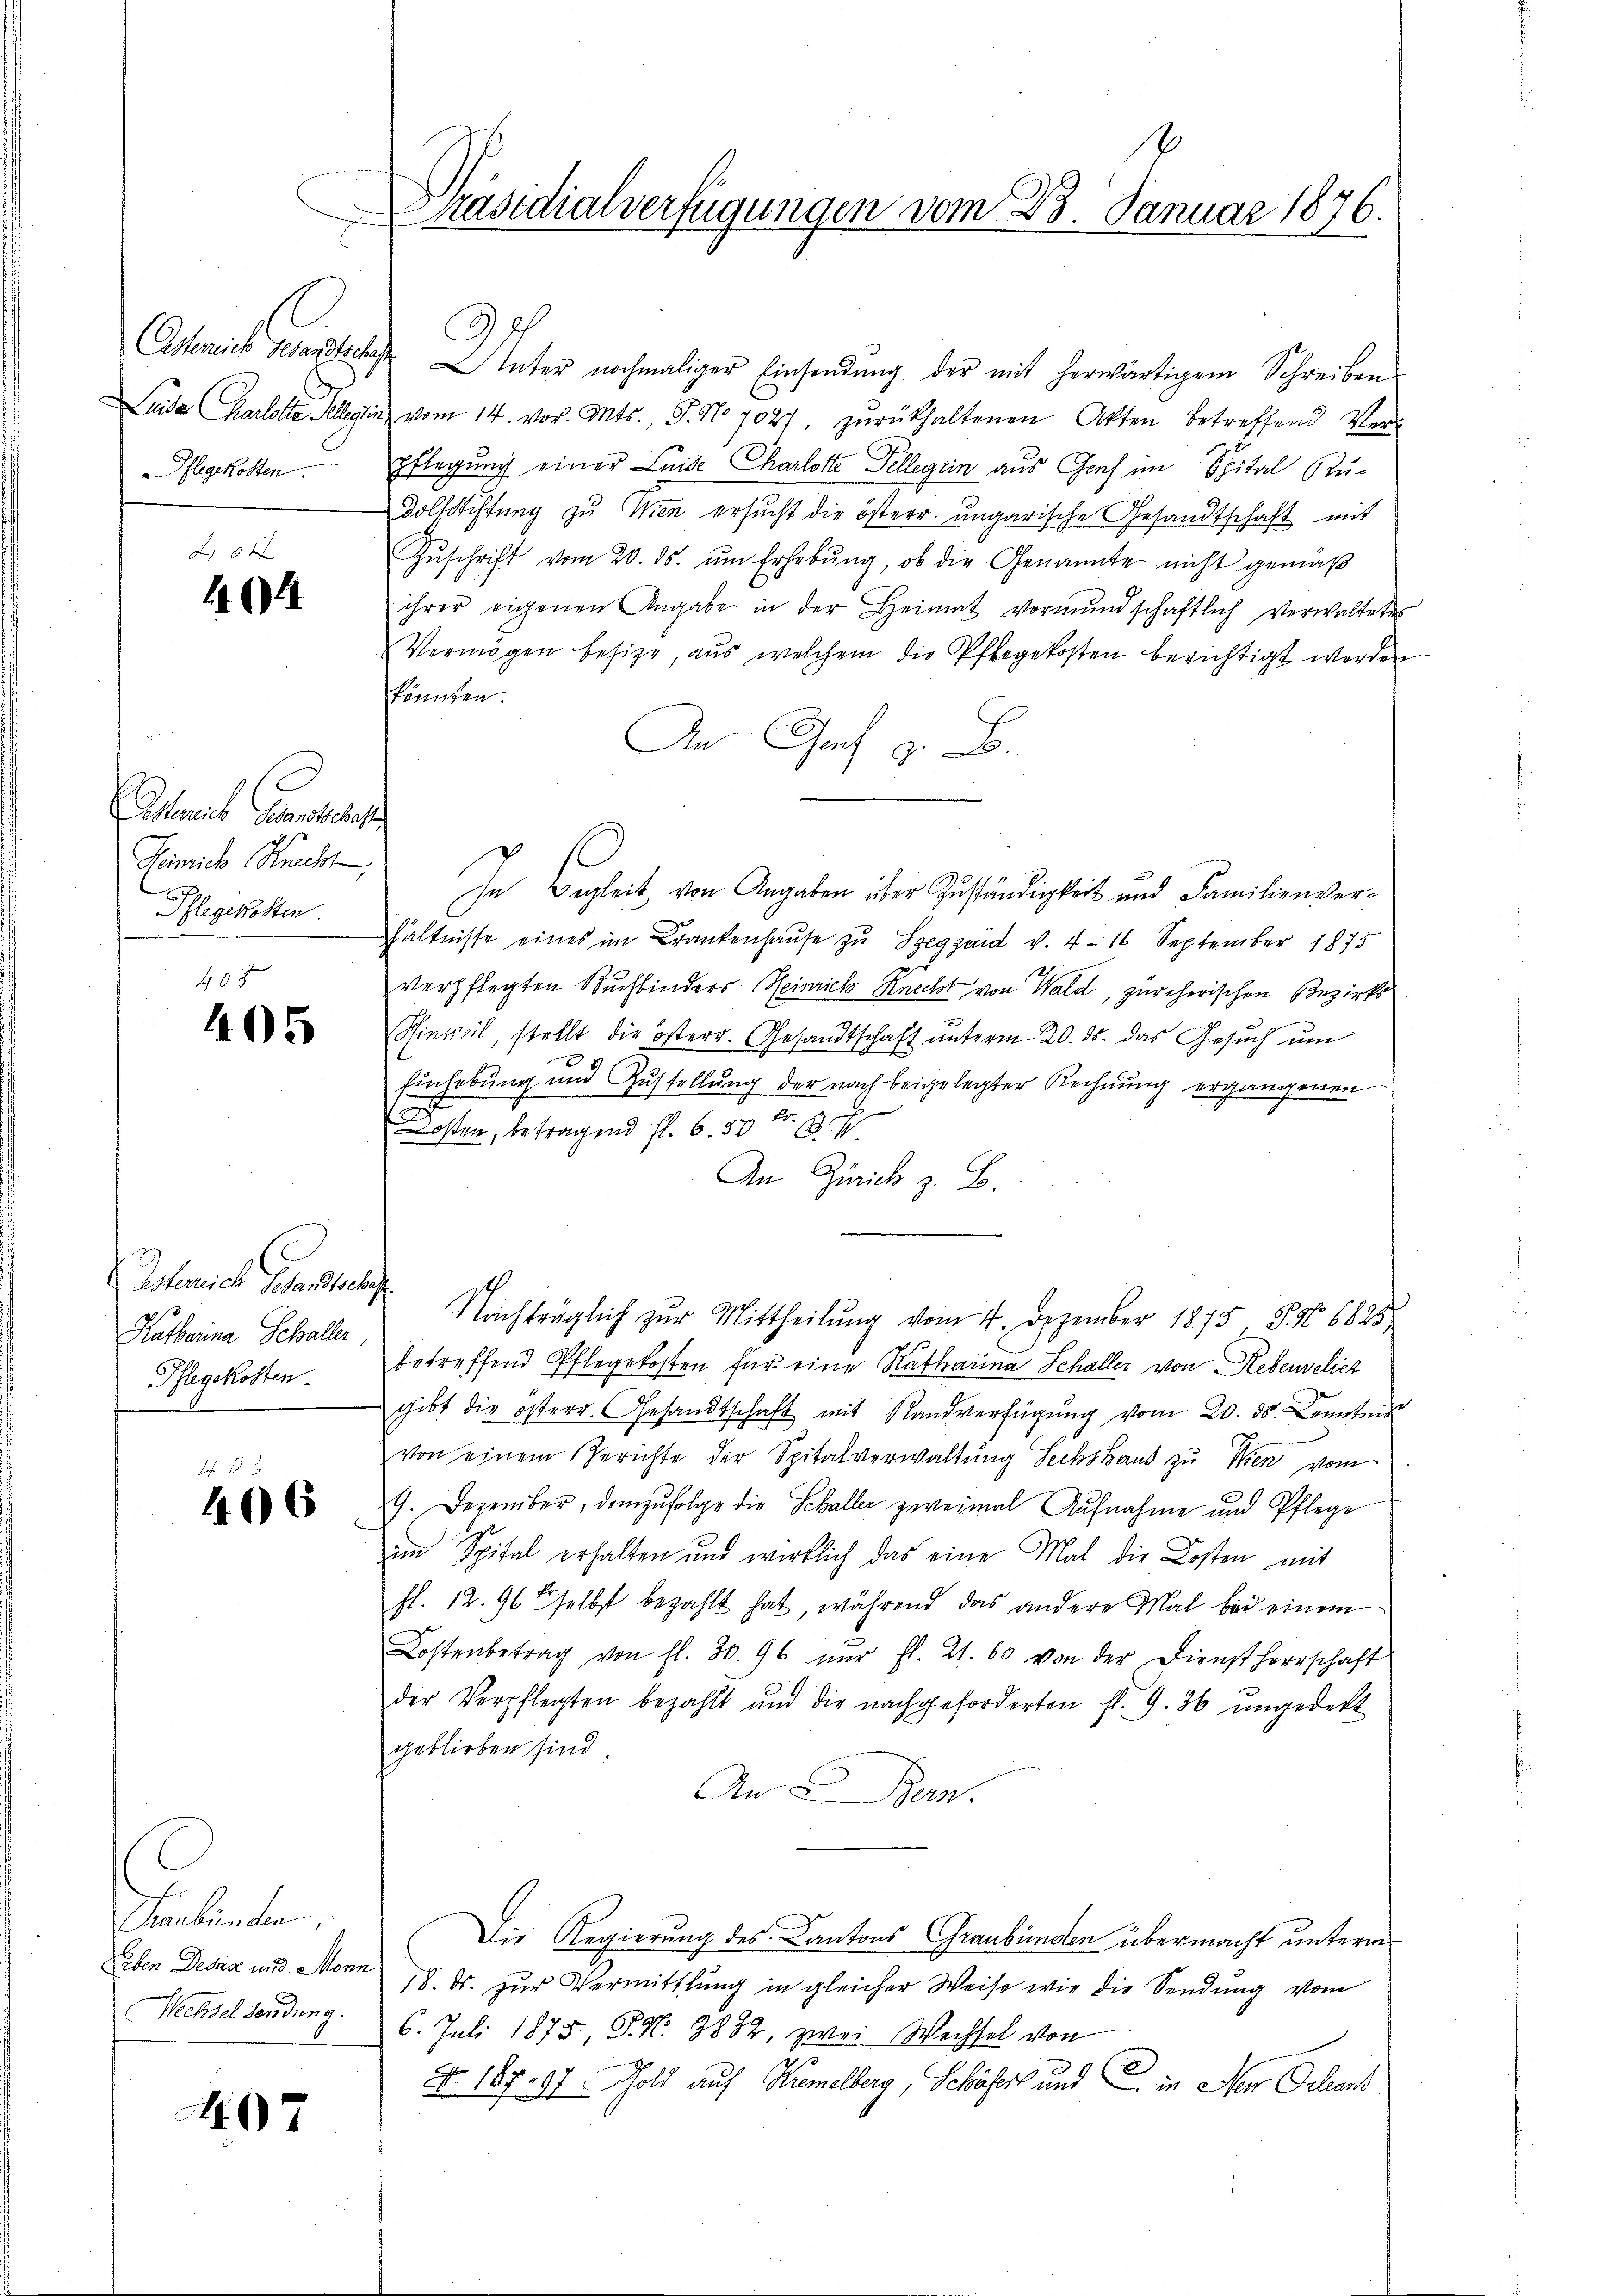
Pflegekosten.

0xx
404

Achmers Gesandtschaf
Heinrich, Knecht,
Pflegekosten.

405
405

Isterrich Gesandtschaf
Katharina Schaller,
Pflegekosten.

A 2.
406

Graubünden,
Eben Desaz und Monn
Wechsel sendung.

07

Präsidialverfügungen vom 23. Januar 1876

9
Asterrich Gesandtschaft Inter nochmaliger Einsendŭng der mit herwärtigem Schreiben
Luise Karlotte Allein vom 14. vor. Mts., S. No 7027, zŭrückhaltenen Akten betreffend Ver-
pflegung einer Luise Charlotte Tellegen aus Graf im Spital Ru¬
Dolfstiftung zu Wien ersucht die österr. ungarische Gesandtschaft mit
Zŭschrift vom 20. ds. ŭm Erhebŭng, ob die Genannte nicht gemäβ
ihrer eigenen Angabe in der Heimat vormŭndschaftlich Verwaltetes
Vermögen besize, aus welchem die Pflegekosten berichtigt werden
könnten.
An Graf z. B.
In Begleit, von Angaben über Zuständigkeit und Familienverhältnisse eines im Krankenhaŭse zu Szegzárd v. 4. 16 September 1875
verpflegten Buchbinders Heinrich Recht von Wald, zürcherischen Bezirks¬
Sinweil, stellt die österr. Gesandtschaft ŭnterm 20. ds. das Gesŭch ŭm
Einhebung und Zustellung der nach beigelegter Rechnung ergangenen
osten, betragend fl. 6. 50 Fr. 3
An Zürich z. B.
Nachträglich zur Mittheilung vom 4. Dezember 1875 S. 6825.
betreffend Pflegekosten für eine Katharina Schaller von Rebenselich
gibt die österr. Gesandtschaft mit Standverfügung vom 20. ds. Contis
von einem Gerichte der Spitalverwaltŭng Sechshaus zu Wien vom
G. Dezember, demzufolge die Schaller zweimal Aufnahme und Pflege
im Spital erhalten und wirklich das eine Mal die Kosten mit
fl. 12. 96 selbst bezahlt hat, während das andere Mal bei einem
Kostenbetrag von fl. 30. 96 nur fl. 21. 60 von der Dienstherrschaft
der Verpflegten bezahlt und die nachgeforderten fl. 9. 36 ŭngedekt
geblieben sind.
An 5 Bern.
Die Regierung des Cantons Graubünden übermacht unterm
18. ds. zur Vermittlung in gleicher Weise wie die Sendung vom
6. Juli 1875, S. Nr. 1882, zwei Wechsel von
No. 187. 87. Gold auf Niemelberg, Schäfer und  in den Deliant